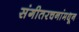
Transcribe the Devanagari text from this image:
संगीतरचनांमधून